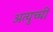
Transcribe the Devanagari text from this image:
अत्युच्ची